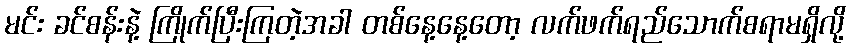
မင်း ခင်စန်းနဲ့ ကြိုက်ပြီးကြတဲ့အခါ တစ်နေ့နေ့တော့ လက်ဖက်ရည်သောက်စရာမရှိလို့